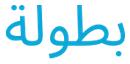
بطولة